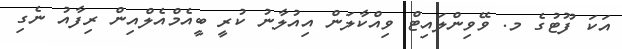
އަކަ ފޫޓުގެ މ. ވޭވިންލައިޓް ވިއްކާލަން އިއުލާނު ކުރީ ބީއެމްއެލްއިން ރިފާއު ނެގި